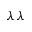
\lambda \lambda